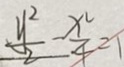
\frac { y ^ { 2 } } { 2 } - \frac { x ^ { 2 } } { 4 } = 1